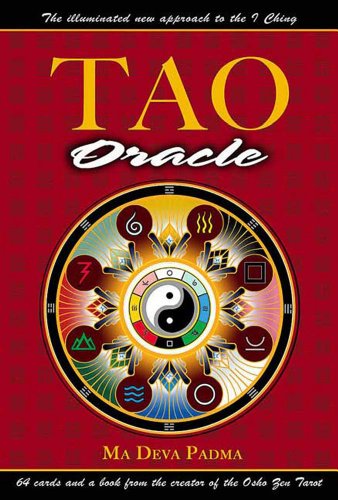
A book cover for Tao Oracle: An Illuminated New Approach to the I Ching; Ma Deva Padma; Religion & Spirituality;